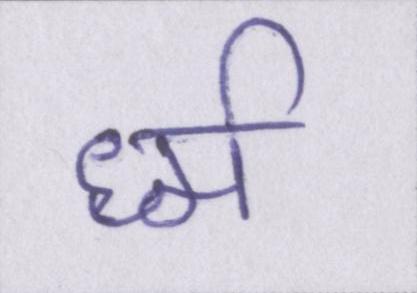
र्ध्म